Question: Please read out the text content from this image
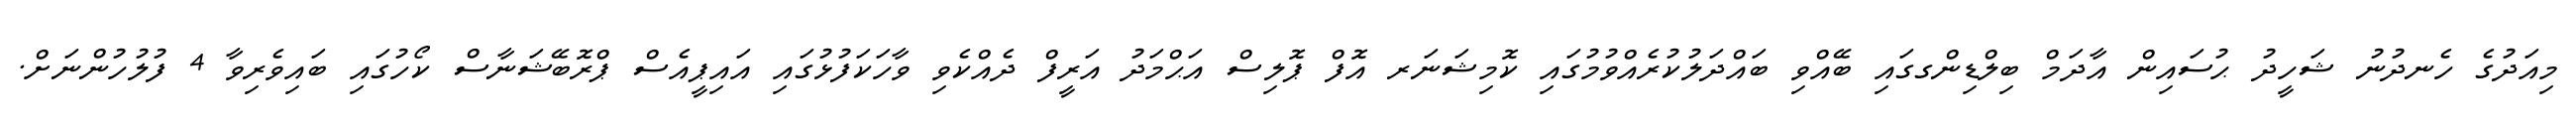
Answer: މިއަދުގެ ހެނދުނު ޝަހީދު ޙުސައިން އާދަމް ބިލްޑިންގގައި ބޭއްވި ބައްދަލުކުރެއްވުމުގައި ކޮމިޝަނަރ އޮފް ޕޮލިސް އަޙްމަދު އަރީފް ދެއްކެވި ވާހަކަފުޅުގައި އައިޕީއެސް ޕްރޮބޭޝަނާސް ކޯހުގައި ބައިވެރިވާ 4 ފުލުހުންނަށް.